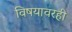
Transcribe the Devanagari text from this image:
विषयावरही